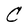
Character: C